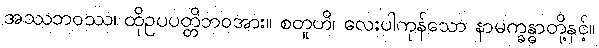
အဿဘဝဿ၊ ထိုဥပပတ္တိဘဝအား။ စတူဟိ၊ လေးပါကုန်သော နာမက္ခန္ဓာတို့နှင့်။